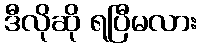
ဒီလိုဆို ရပြီမလား